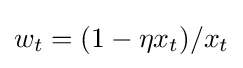
w_{t}=(1-\eta x_{t})/x_{t}